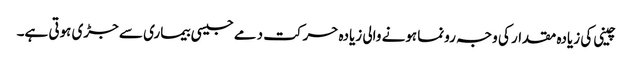
چینی کی زیادہ مقدار کی وجہ رونما ہونے والی زیادہ حرکت دمے جیسی بیماری سے جڑی ہوتی ہے۔